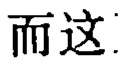
而这